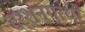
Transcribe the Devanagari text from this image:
दर्शनग्रंथों